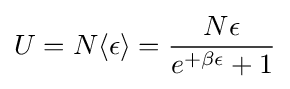
U=N\langle \epsilon \rangle ={\frac {N\epsilon }{e^{+\beta \epsilon }+1}}